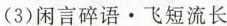
(3)闲言碎语·飞短流长